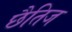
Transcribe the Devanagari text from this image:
छैतिज